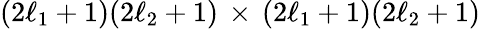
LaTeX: (2\ell_{1}+1)(2\ell_{2}+1)\, \times\, (2\ell_{1}+1)(2\ell_{2}+1)